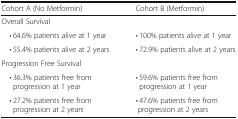
| Cohort A (No Metformin) | Cohort B (Metformin) |
 | --- | --- |
 | <COLSPAN=2> Overall Survival |
 | • 64.6% patients alive at 1 year | • 100% patients alive at 1 year |
 | • 55.4% patients alive at 2 years | • 72.9% patients alive at 2 years |
 | <COLSPAN=2> Progression Free Survival |
 | • 36.3% patients free from progression at 1 year | • 59.6% patients free from progression at 1 year |
 | • 27.2% patients free from progression at 2 years | • 47.6% patients free from progression at 2 years |